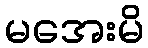
မအေးမိ